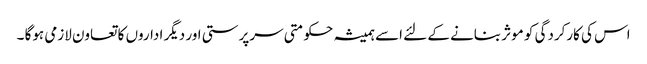
اس کی کارکردگی کو موثر بنانے کے لئے اسے ہمیشہ حکومتی سرپرستی اور دیگر اداروں کا تعاون لازمی ہوگا ۔